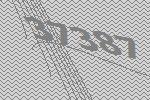
37387